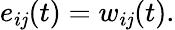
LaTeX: e_{i\mathit{j}}(t)=w_{i\mathit{j}}(t).